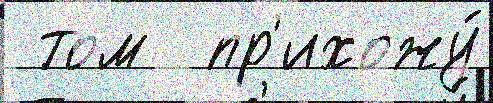
 том  пр'ихожу́